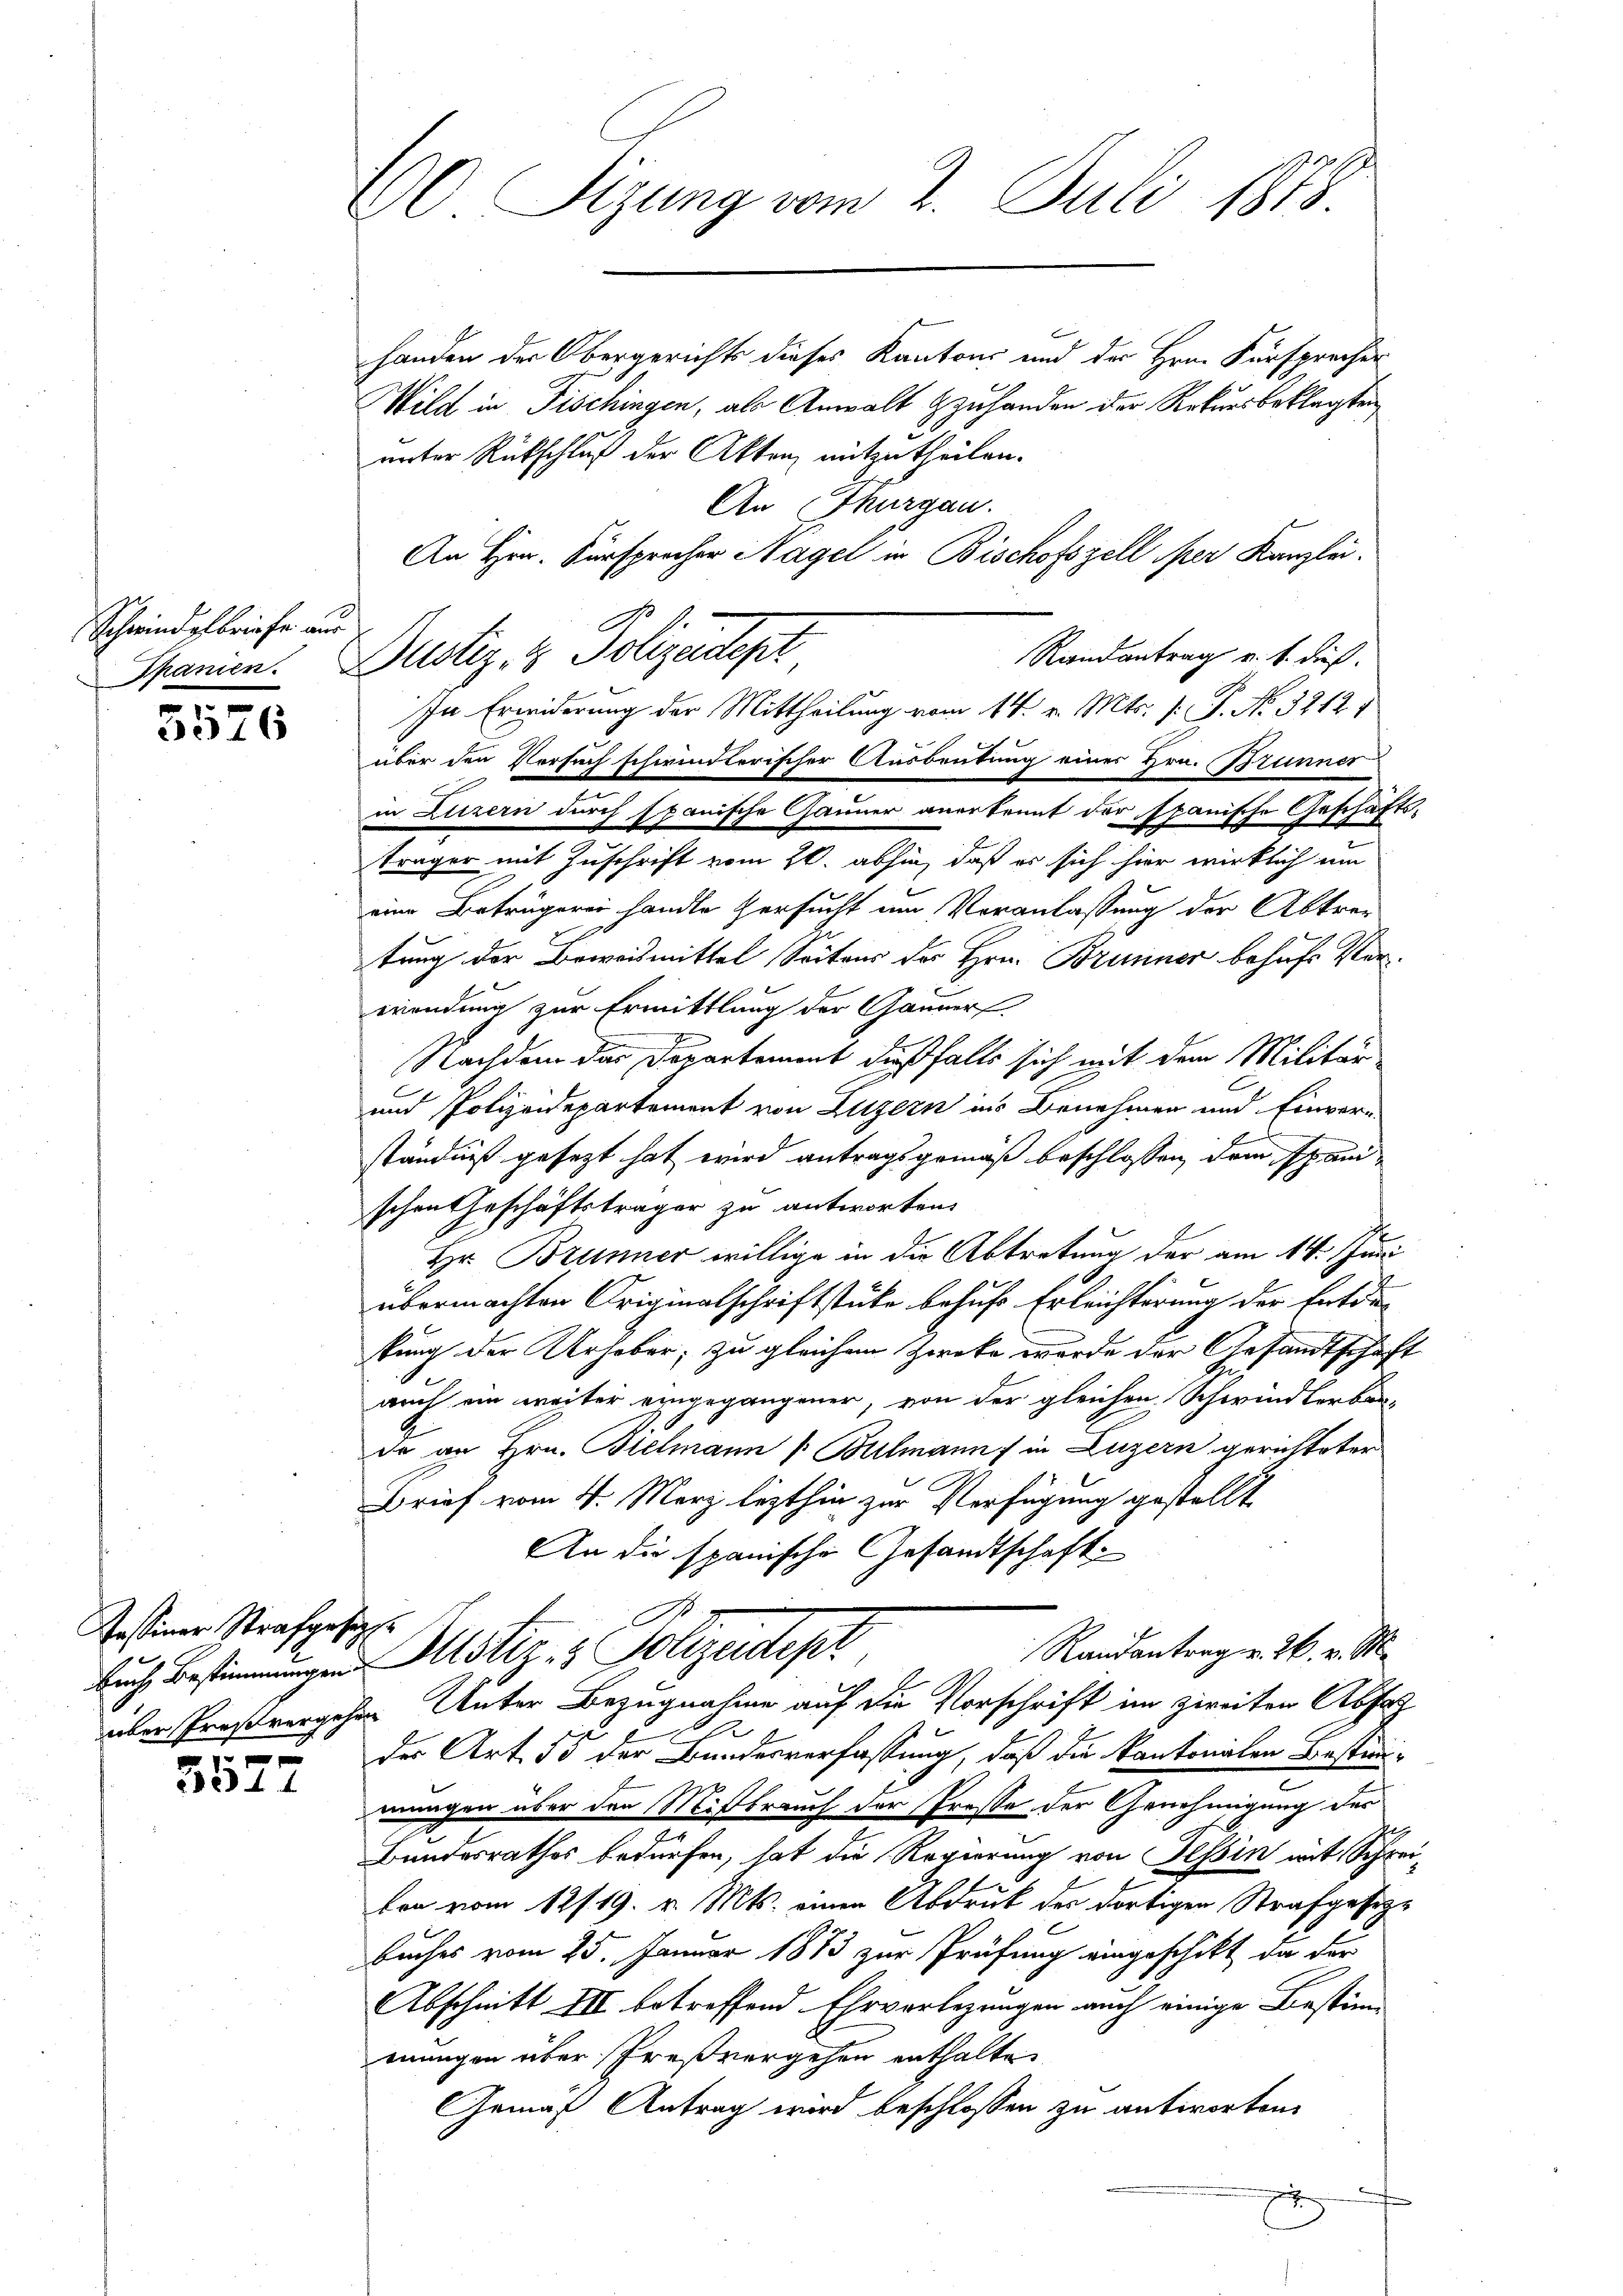
Schwindelbriefe aus

.
u
3516

Tessiner Strafgesez¬

.
531

60 Sitzung vom 2. Juli 1848.

handen der Obergerichts dieses Kantons und der Hrn. Fürsprecher
Wild in Fischingen, als Anwalt zuhanden der Rekursbeklagten
unter Rückschluß der Akten mitzutheilen.
An Thurgau.
An Hrn. Fürsprecher Nagel in Bischofszell per Kanzlei.
Randantrag u. s. dieß.
über den Versuch schwindlerischer Ausbeutung eines Hrn. Brunner
in Luzern durch spanische Gauner anerkennt der spanische Geschäftsträger mit Zuschrift vom 20. abhin, daß er sich hier wirklich um
eine Betrügerei handle Versucht um Veranlassung der Abtretung der Beweismittel Seitens der Hrn. Brunner behufs Verwendung zur Ermittlung der Gänner.
Nachdem der Departement dießfalls sich mit dem Militär
und Polizeidepartement von Luzern ins Benehmen und Einver-
ständniß gesezt hat wird antragsgemäß beschlossen, dem span
schen Geschäftsträger zu antworten.
Hr. Brunner willige in die Abtretung der am 14. Juni
übermachten Originalschriftstücke behufs Erleichterung der Entde
kung der Urheber, zu gleichem Zwoko wurde der Gesandtschaft
auch ein weiter eingegangener, von der gleichen Schwindlerbes-
de an Hrn. Bielmann [Bulmann in Luzern gerichteter
Brief vom 4. März lezthin zur Verfügung gestellt
An die spanische Gesandtschaft.
C
Randantrag v. 26. v. M.
buch Bestimmungen Astiz- & Polizeidept
über Proßvergehen Unter Bezugnahme auf die Vorschrift im zweiten Abfah
des Art. 55 der Bundesverfassung, daß die kantonalen Bestimmmungen über den Mißtrauch der Presse der Genehmigung des
Bundesrathes bedürfen, hat die Regierung von Tessin mit Schrei-
ben vom 12/19. v. Mts. einen Abdruk der dortigen Strafgesetz¬
Buches vom 25. Januar 1873 zur Prüfung eingeschikt, da der
Abschnitt III betreffend Ehrverlegungen auch einige Bestim-
mungen über Preßvergehen enthalte.
Gemäß Antrag wird beschlossen zu antworten.

Spanien. Dustiz- & Polizeidept

In Erwiderung der Mittheilung vom 14. v. Mts. (: P. Nr. 32121